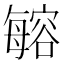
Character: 𣫾